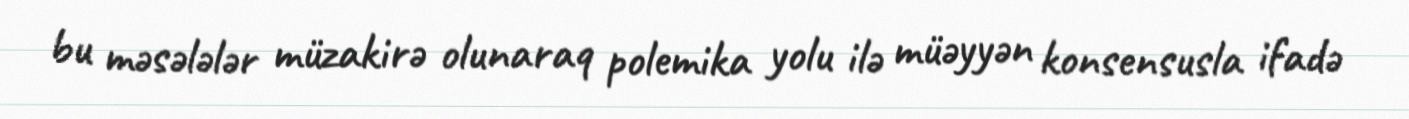
bu məsələlər müzakirə olunaraq polemika yolu ilə müəyyən konsensusla ifadə